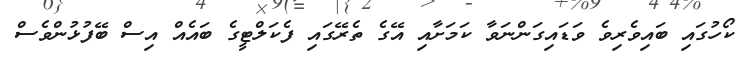
ކޯހުގައި ބައިވެރިވެ ވަޑައިގަންނަވާ ކަމަށާއި އޭގެ ތެރޭގައި ފެކަލްޓީގެ ބައެއް އިސް ބޭފުޅުންވެސް